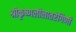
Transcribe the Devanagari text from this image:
श्रीकृष्णलीलातरंगिणी